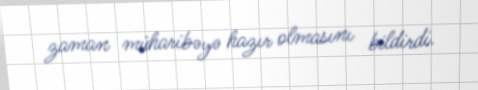
zaman müharibəyə hazır olmasını bildirdi.